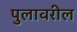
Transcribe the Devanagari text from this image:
पुलावरील